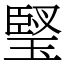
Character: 㻨